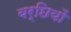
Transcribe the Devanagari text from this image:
बर्छियों